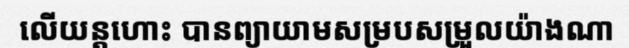
លើយន្តហោះ បានព្យាយាមសម្របសម្រួលយ៉ាងណា